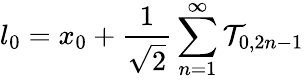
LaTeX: l_{0}=x_{0}+\frac{1}{\sqrt{2}}\sum_{n=1}^{\infty}\mathcal{T}_{0,2n-1}